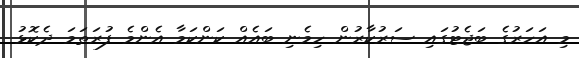
މި އަހަރުގެ ބަޖެޓުގައި ސަރުކާރުން ހިމެނި ބައެއް ކަންކަމާ އެންމެ ފުރަތަމަ ދެކޮޅު